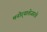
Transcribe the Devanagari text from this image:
मनोर्‍याशेजारचे